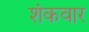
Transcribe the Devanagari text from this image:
शंकवार